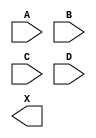
module sky130_fd_sc_ms__or4 (
    //# {{data|Data Signals}}
    input  A,
    input  B,
    input  C,
    input  D,
    output X
);

    // Voltage supply signals
    supply1 VPWR;
    supply0 VGND;
    supply1 VPB ;
    supply0 VNB ;

endmodule